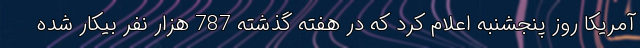
آمریکا روز پنجشنبه اعلام کرد که در هفته گذشته 787 هزار نفر بیکار شده